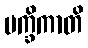
မက္ခိကာတိ